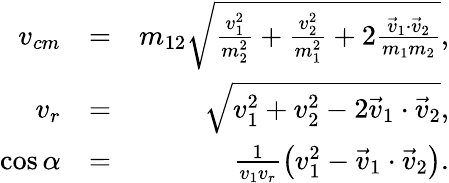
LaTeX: \begin{array}{rlr}{v_{cm}}&{=}&{m_{12}\sqrt{\frac{v_{1}^{2}}{m_{2}^{2}}+\frac{v_{2}^{2}}{m_{1}^{2}}+2\frac{\vec{v}_{1}\cdot\vec{v}_{2}}{m_{1}m_{2}}},}\\ {v_{r}}&{=}&{\sqrt{v_{1}^{2}+v_{2}^{2}-2\vec{v}_{1}\cdot\vec{v}_{2}},}\\ {\cos\alpha}&{=}&{\frac{1}{v_{1}v_{r}}\left(v_{1}^{2}-\vec{v}_{1}\cdot\vec{v}_{2}\right).}\end{array}